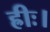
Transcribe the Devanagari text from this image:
ह्रीः।